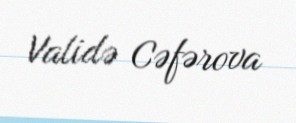
Validə Cəfərova